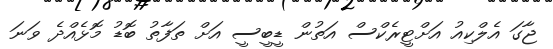
ޖާގަ އެލްކިއު އަށްޓީރެކްސް އަތުން ޑީބީސީ އަށް ތަފާތު ބޮޑު މޮޅެއްދެ ވަނަ